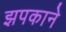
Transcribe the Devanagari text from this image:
झपकाने